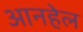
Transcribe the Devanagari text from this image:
आनहेल